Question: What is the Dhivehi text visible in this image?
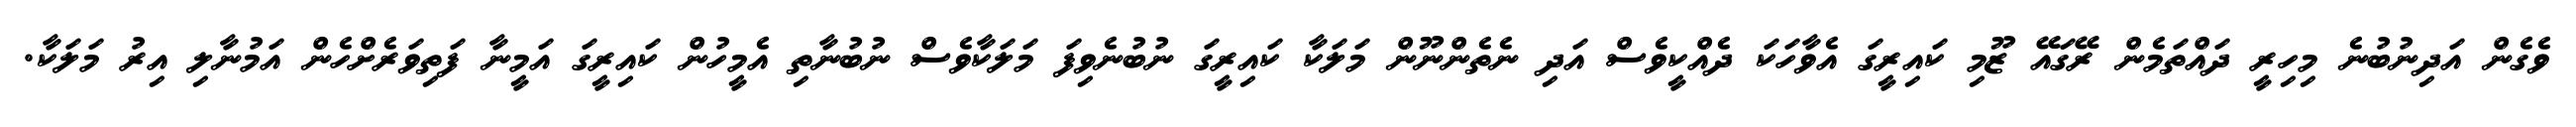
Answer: ވެގެން އަދިނުބުނެ މިހިރީ ދައްތަމެން ރޭގައޭ ޒޫމި ކައިރީގަ އެވާހަކަ ދެއްކީވެސް އަދި ނެތެންނޫން މަލަކާ ކައިރީގަ ނުބުނެވިފަ މަލަކާވެސް ނުބުނާތި އެމީހުން ކައިރީގަ އަމީނާ ފަތިވަރެށްހެން އަމުނާލި އިރު މަލަކާ.